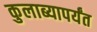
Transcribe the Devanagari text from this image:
कुलाब्यापर्यंत